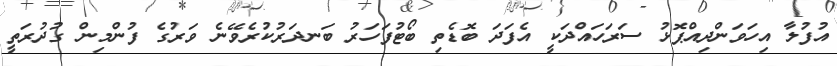
އުފުލާ އިހަވަންދިއްޕޮޅު ސަރަހައްދަކީ އެފަދަ ބޮޑެތި ބޯޓުފަހަރު ބަނދަރުކުރެވޭނެ ވަރުގެ ފުންމިން ގުދުރަތީ